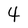
Character: 4